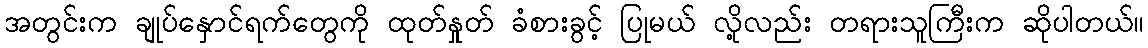
အတွင်းက ချုပ်နှောင်ရက်တွေကို ထုတ်နှုတ် ခံစားခွင့် ပြုမယ် လို့လည်း တရားသူကြီးက ဆိုပါတယ်။